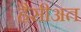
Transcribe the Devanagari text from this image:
हैसीअत